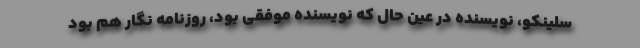
سلینکو، نویسنده در عین حال که نویسنده موفقی بود، روزنامه نگار هم بود